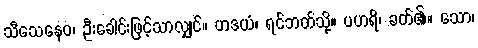
သီသေနေဝ၊ ဦးခေါင်းဖြင့်သာလျှင်။ ဟဒယံ၊ ရင်ဘတ်သို့။ ပဟရိ၊ ခတ်၏။ သော၊